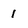
Character: 1